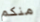
منكم